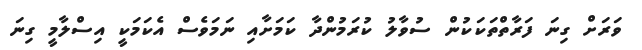
ވަރަށް ގިނަ ފަރާތްތަކަކުން ސުވާލު ކުރަމުންދާ ކަމަށާއި ނަމަވެސް އެކަމަކީ އިސްލާމީ ގިނަ